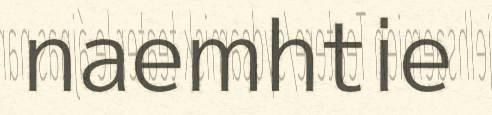
naemhtie